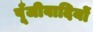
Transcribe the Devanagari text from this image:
पूँजीवादियों